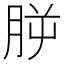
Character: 𣍮